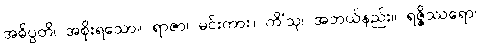
အဓိပ္ပတိ၊ အစိုးရသော။ ရာဇာ၊ မင်းကား။ ကိံသု၊ အဘယ်နည်း။ ရဇ္ဇိဿရော၊